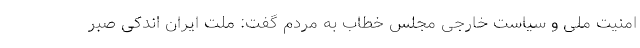
امنیت ملی و سیاست خارجی مجلس خطاب به مردم گفت: ملت ایران اندکی صبر